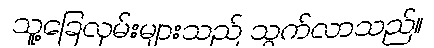
သူ့ခြေလှမ်းများသည် သွက်လာသည်။